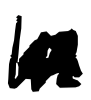
Text: a
Cross-out: scratch
Writing tool: digital_black